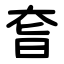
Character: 㚛